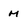
Character: M